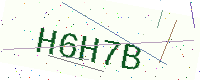
Text: H6H7B